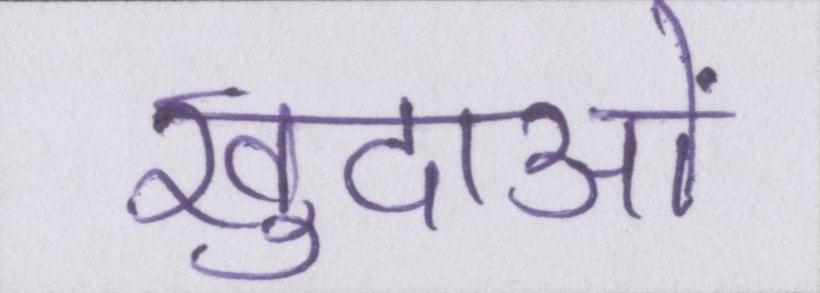
खुदाओं